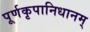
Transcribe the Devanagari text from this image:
पूर्णकृपानिधानम्